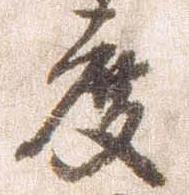
度